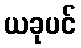
ယခုပင်